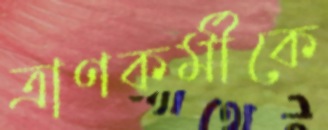
ত্রাণকর্মীকে